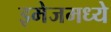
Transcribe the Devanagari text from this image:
इमेजमध्ये